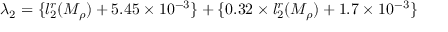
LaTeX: \lambda _ { 2 } = \{ l _ { 2 } ^ { r } ( M _ { \rho } ) + 5 . 4 5 \times 1 0 ^ { - 3 } \} + \{ 0 . 3 2 \times l _ { 2 } ^ { r } ( M _ { \rho } ) + 1 . 7 \times 1 0 ^ { - 3 } \}